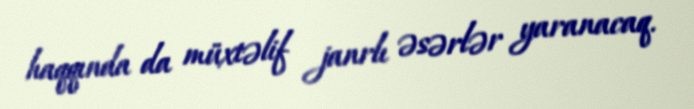
haqqında da müxtəlif janrlı əsərlər yaranacaq.